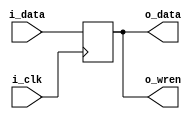
module wren_register(
    input i_clk,
    input i_data,
    output o_data,
    output o_wren
);

reg data = 0;
reg wren = 0;

assign o_data = data;
assign o_wren = wren;

always @(posedge i_clk)begin
    data <= i_data;
    wren <= i_data;
end

endmodule